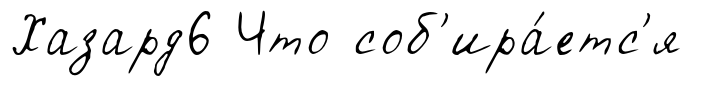
Хазард6 Что соб'ира́етс'я